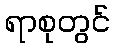
ရာစုတွင်